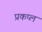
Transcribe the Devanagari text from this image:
प्रकप्ल